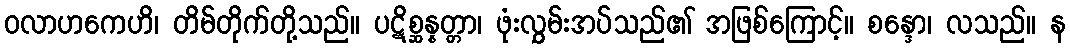
ဝလာဟကေဟိ၊ တိမ်တိုက်တို့သည်။ ပဋိစ္ဆန္နတ္တာ၊ ဖုံးလွှမ်းအပ်သည်၏ အဖြစ်ကြောင့်။ စန္ဒော၊ လသည်။ န